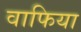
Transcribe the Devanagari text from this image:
वाफिया